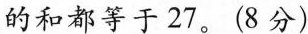
的和都等于27。(8分）